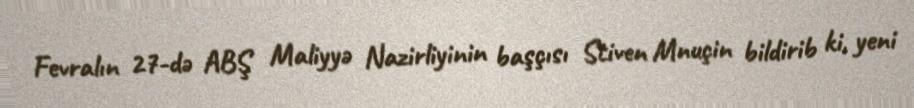
Fevralın 27-də ABŞ Maliyyə Nazirliyinin başçısı Stiven Mnuçin bildirib ki, yeni